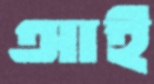
আই